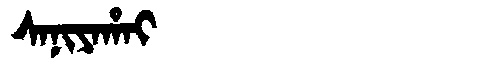
Manchu: ᠰᠠᠨᡳᠶᠠᡥᠠᡳ
Romanization: SANIYAHAI